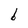
Character: b